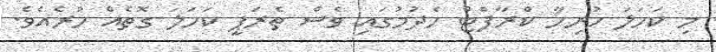
މި ކަހަލަ ހުރިހާ ކްރާފްޓް ހެދުމުގައި ވެސް ތެރަޕީ ކަހަލަ ގޮތެއް ހުރެއެވެ.